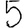
Digit: 5